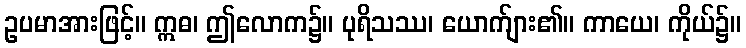
ဥပမာအားဖြင့်။ ဣဓ၊ ဤလောက၌။ ပုရိသဿ၊ ယောက်ျား၏။ ကာယေ၊ ကိုယ်၌။